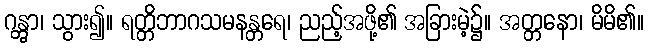
ဂန္တွာ၊ သွား၍။ ရတ္တိဘာဂသမနန္တရေ၊ ညည့်အဖို့၏ အခြားမဲ့၌။ အတ္တနော၊ မိမိ၏။